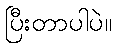
ပြီးတာပါပဲ။